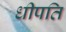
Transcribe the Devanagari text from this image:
धीपति